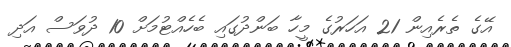
އޭގެ ތެރެއިން 21 އަހަރުގެ މީހާ ބަންދުގައި ބެހެއްޓުމަށް 10 ދުވަސް އަދި